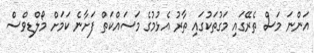
އަންނަ މަސް ތެރޭގައި މަގުތަކުގައި ތާރު އެޅުމުގެ މަސައްކަތް ފަށާނެ ކަމަށް މޯލްޑިވްސް